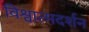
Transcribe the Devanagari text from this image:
विश्वात्मदर्शन